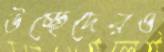
উচ্ছেদেরও